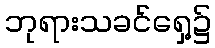
ဘုရားသခင်ရှေ့၌